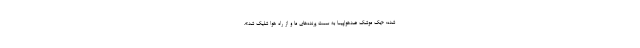
شده: «یک موشک ضدهواپیما به سمت پرنده‌های ما و از راه هوا شلیک شد».